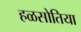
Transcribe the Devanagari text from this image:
हळसोतिया